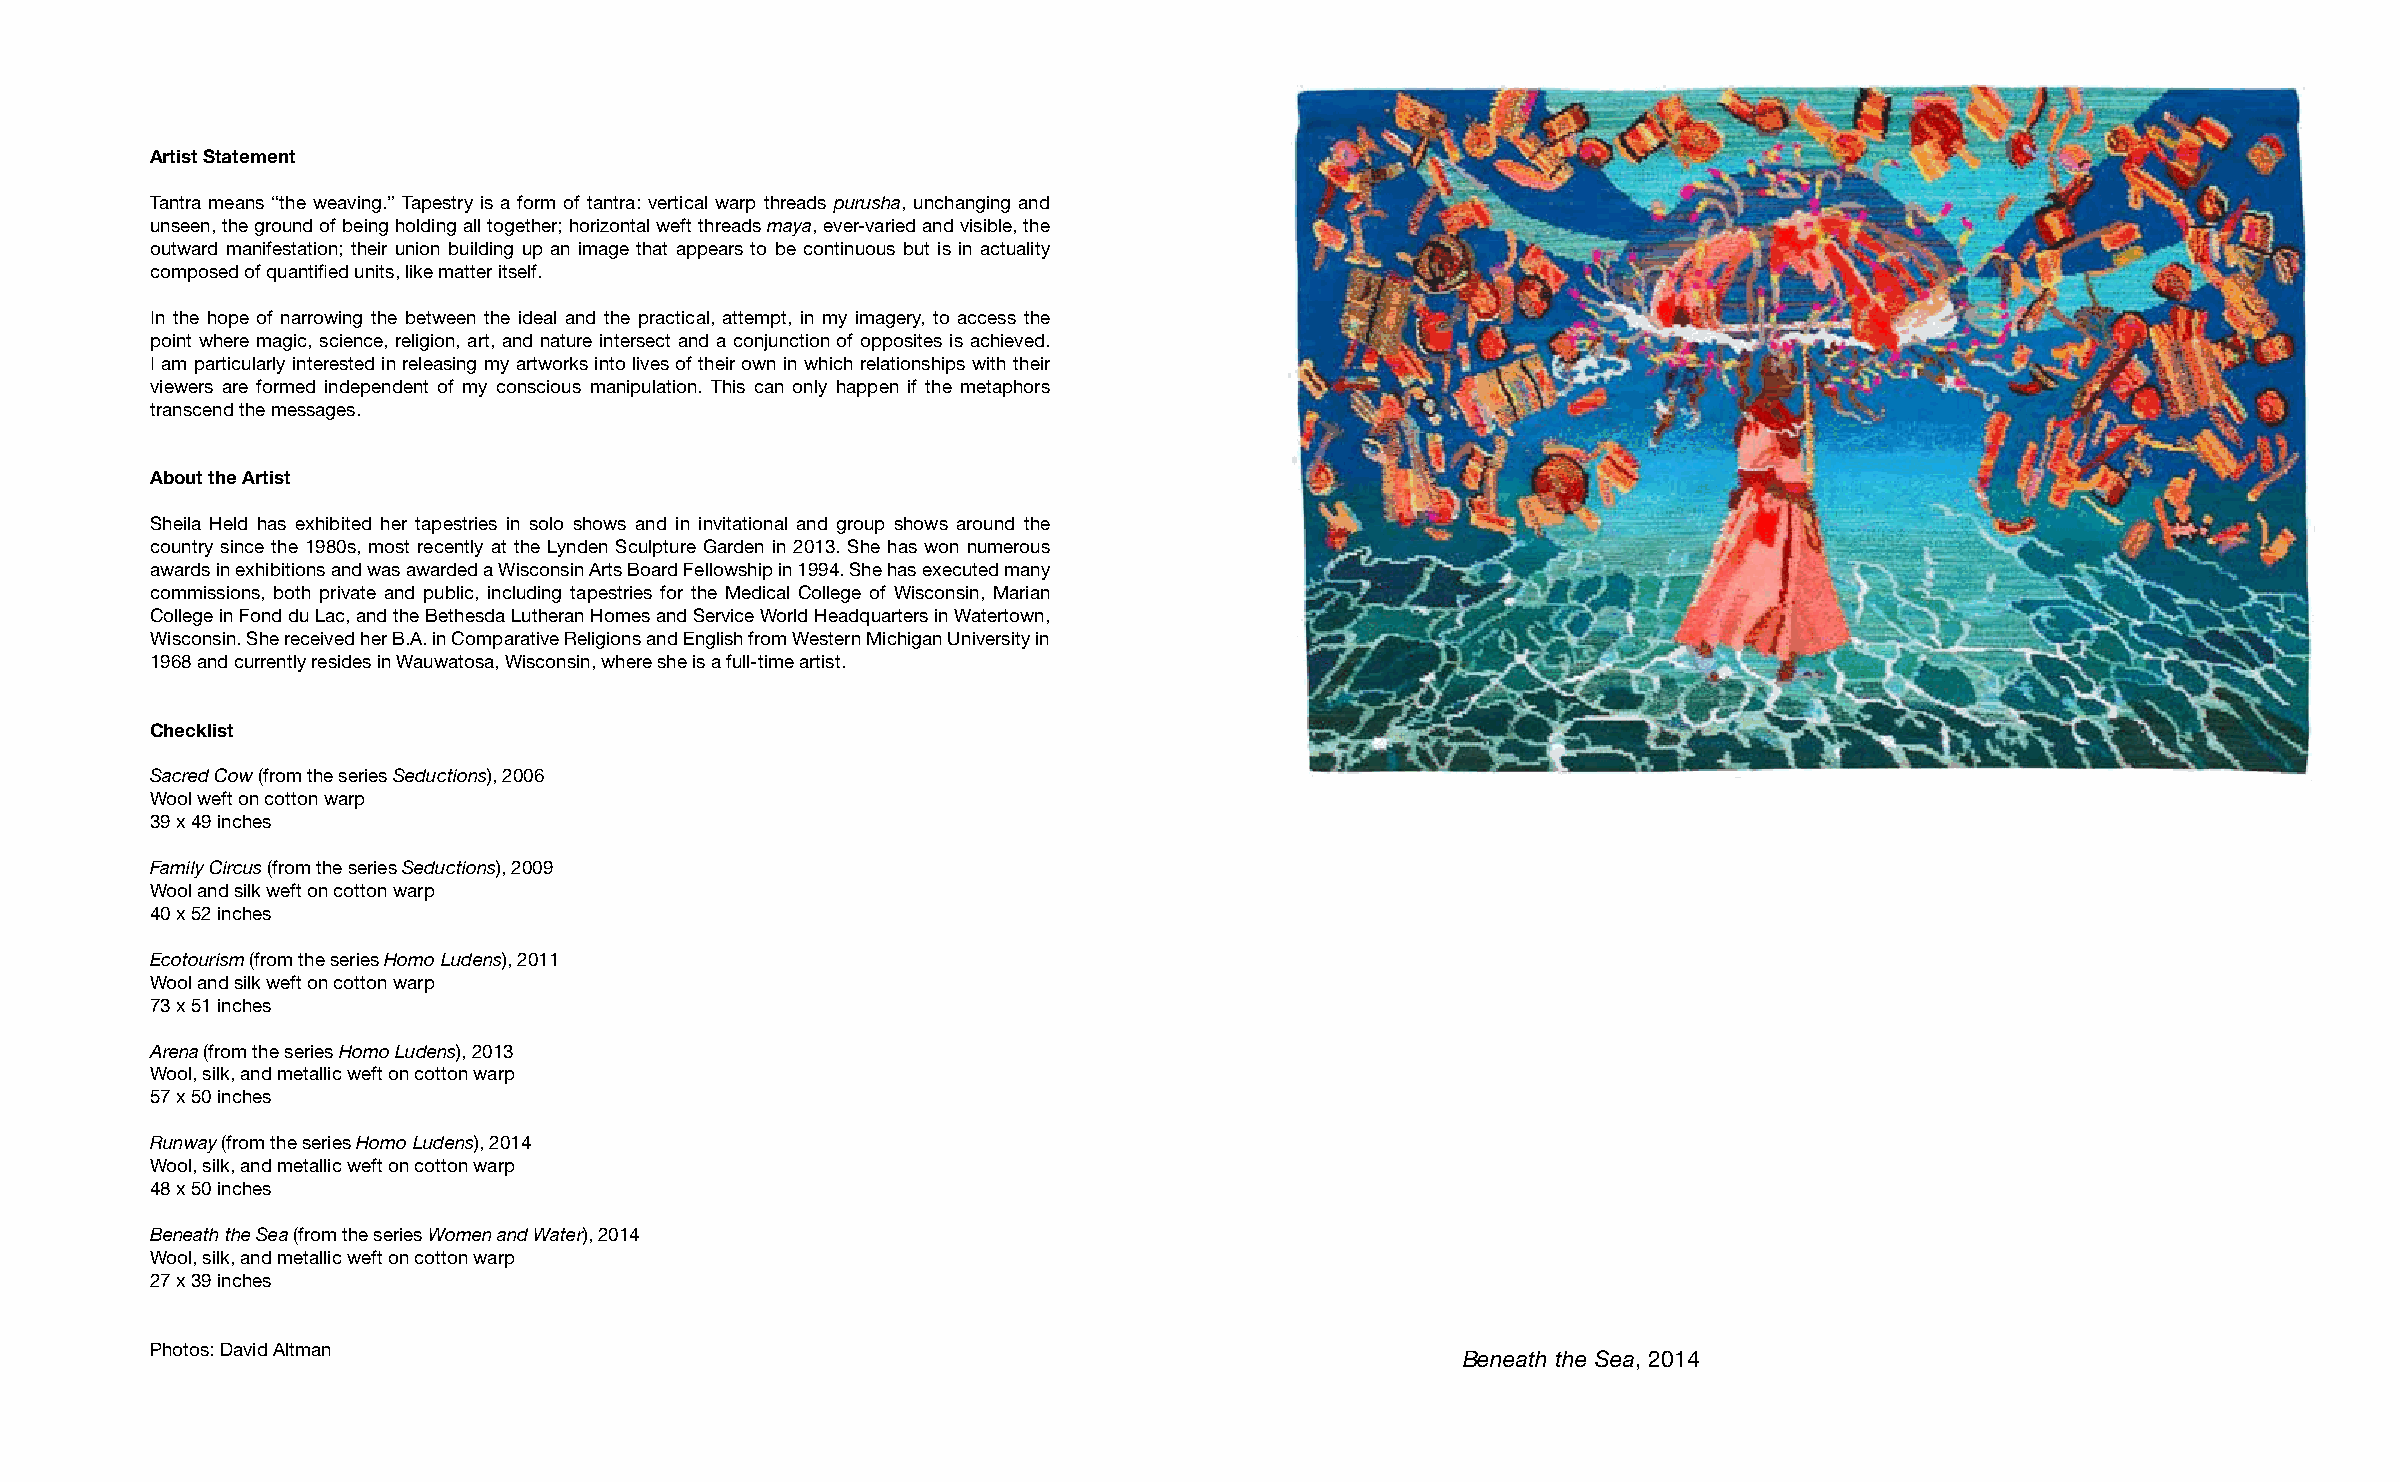
Artist Statement
 Tantra means “the weaving.” Tapestry is a form of tantra: vertical warp threads purusha, unchanging and
 unseen, the ground of being holding all together; horizontal weft threads maya, ever-varied and visible, the
 outward manifestation; their union building up an image that appears to be continuous but is in actuality
 composed of quantified units, like matter itself.
 In the hope of narrowing the between the ideal and the practical, attempt, in my imagery, to access the
 point where magic, science, religion, art, and nature intersect and a conjunction of opposites is achieved.
 I am particularly interested in releasing my artworks into lives of their own in which relationships with their
 viewers are formed independent of my conscious manipulation. This can only happen if the metaphors
 transcend the messages.
 About the Artist
 Sheila Held has exhibited her tapestries in solo shows and in invitational and group shows around the
 country since the 1980s, most recently at the Lynden Sculpture Garden in 2013. She has won numerous
 awards in exhibitions and was awarded a Wisconsin Arts Board Fellowship in 1994. She has executed many
 commissions, both private and public, including tapestries for the Medical College of Wisconsin, Marian
 College in Fond du Lac, and the Bethesda Lutheran Homes and Service World Headquarters in Watertown,
 Wisconsin. She received her B.A. in Comparative Religions and English from Western Michigan University in
 1968 and currently resides in Wauwatosa, Wisconsin, where she is a full-time artist.
 Checklist
 Sacred Cow (from the series Seductions), 2006
 Wool weft on cotton warp
 39 x 49 inches
 Family Circus (from the series Seductions), 2009
 Wool and silk weft on cotton warp
 40 x 52 inches
 Ecotourism (from the series Homo Ludens), 2011
 Wool and silk weft on cotton warp
 73 x 51 inches
 Arena (from the series Homo Ludens), 2013
 Wool, silk, and metallic weft on cotton warp
 57 x 50 inches
 Runway (from the series Homo Ludens), 2014
 Wool, silk, and metallic weft on cotton warp
 48 x 50 inches
 Beneath the Sea (from the series Women and Water), 2014
 Wool, silk, and metallic weft on cotton warp
 27 x 39 inches
 Photos: David Altman
 Beneath the Sea, 2014